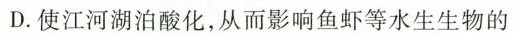
D.使江河湖泊酸化，从而影响鱼虾等水生生物的